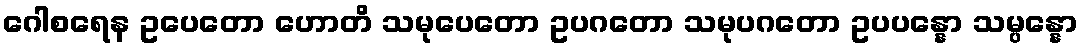
ဂေါစရေန ဥပေတော ဟောတိ သမုပေတော ဥပဂတော သမုပဂတော ဥပပန္နော သမ္ပန္နော